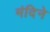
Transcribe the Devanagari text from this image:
मंदिने